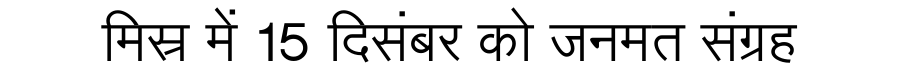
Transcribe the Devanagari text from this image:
मिस्र में 15 दिसंबर को जनमत संग्रह